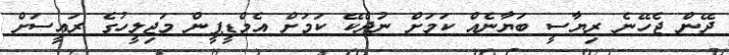
ދޭން ޖެހޭނެ ރިޔާސީ ބަޔާނެއް ކަމަށް ނުދެކޭ ކަމަށް އެމްޑީޕީން މަޖިލީހުގެ ރައީސަށް